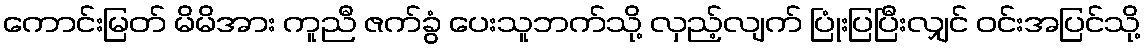
ကောင်းမြတ် မိမိအား ကူညီ ဇက်ခွံ ပေးသူဘက်သို့ လှည့်လျက် ပြုံးပြပြီးလျှင် ဝင်းအပြင်သို့